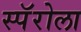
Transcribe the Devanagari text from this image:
स्पॅरोला